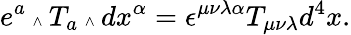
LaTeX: e^{a}\mathrm{\tiny~\wedge~}T_{a}\mathrm{\tiny~\wedge~}dx^{\alpha}=\epsilon^{\mu\nu\lambda\alpha}T_{\mu\nu\lambda}d^{4}x.